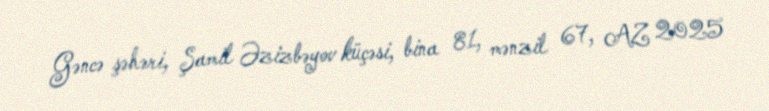
Gəncə şəhəri, Şamil Əzizbəyov küçəsi, bina 81, mənzil 67, AZ 2025